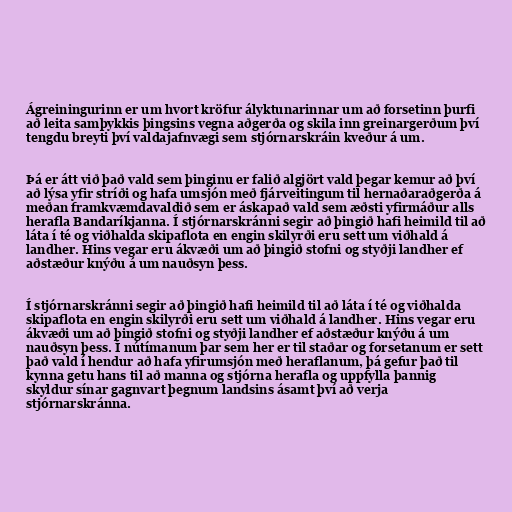
Ágreiningurinn er um hvort kröfur ályktunarinnar um að forsetinn þurfi
að leita samþykkis þingsins vegna aðgerða og skila inn greinargerðum því
tengdu breyti því valdajafnvægi sem stjórnarskráin kveður á um.

Þá er átt við það vald sem þinginu er falið algjört vald þegar kemur að því
að lýsa yfir stríði og hafa umsjón með fjárveitingum til hernaðaraðgerða á
meðan framkvæmdavaldið sem er áskapað vald sem æðsti yfirmáður alls
herafla Bandaríkjanna. Í stjórnarskránni segir að þingið hafi heimild til að
láta í té og viðhalda skipaflota en engin skilyrði eru sett um viðhald á
landher. Hins vegar eru ákvæði um að þingið stofni og styðji landher ef
aðstæður knýðu á um nauðsyn þess.

Í stjórnarskránni segir að þingið hafi heimild til að láta í té og viðhalda
skipaflota en engin skilyrði eru sett um viðhald á landher. Hins vegar eru
ákvæði um að þingið stofni og styðji landher ef aðstæður knýðu á um
nauðsyn þess. Í nútímanum þar sem her er til staðar og forsetanum er sett
það vald í hendur að hafa yfirumsjón með heraflanum, þá gefur það til
kynna getu hans til að manna og stjórna herafla og uppfylla þannig
skyldur sínar gagnvart þegnum landsins ásamt því að verja
stjórnarskránna.